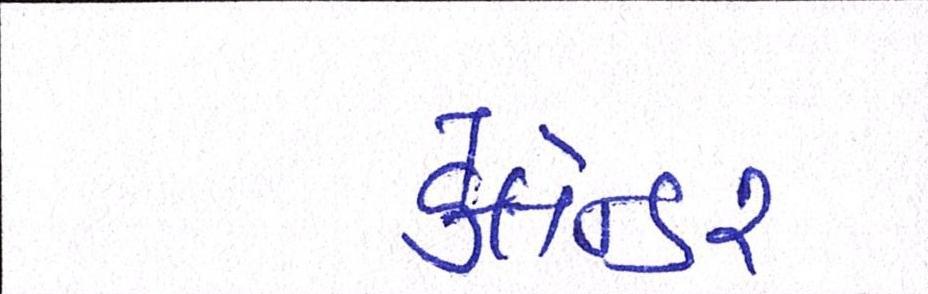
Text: કેલેન્ડર